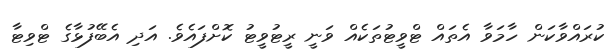
ކުރަައްވާކަން ހާމަވާ އެތައް ޓްވީޓުތަކެއް ވަނީ ރީޓުވީޓު ކޮށްފައެވެ. އަދި އެބޭފުޅާގެ ޓްވިޓާ